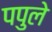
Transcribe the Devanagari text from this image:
पपुले